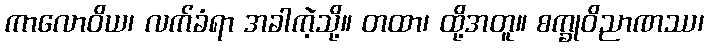
ကာလောဝိယ၊ လက်ခံရာ အခါကဲ့သို့။ တထာ၊ ထို့အတူ။ စက္ခုဝိညာဏဿ၊